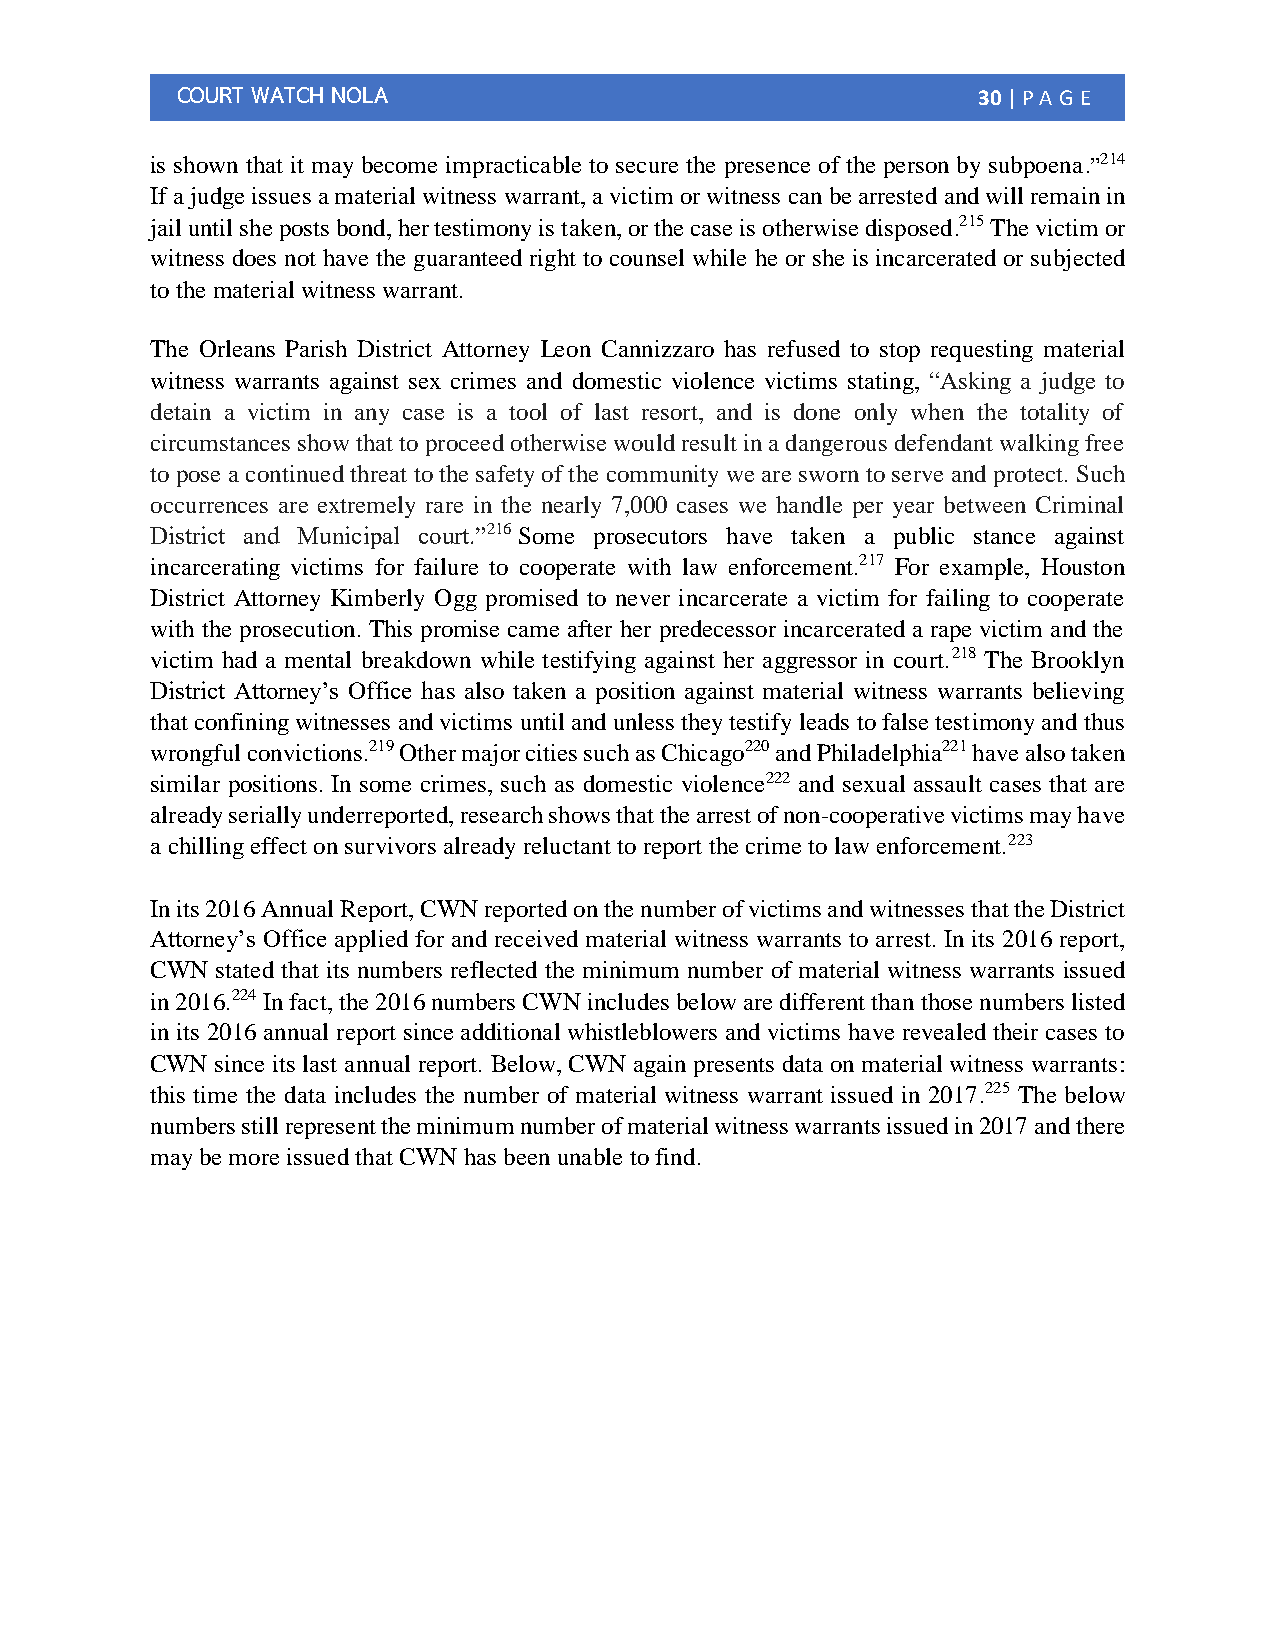
COURT WATCH NOLA                                     30 | PA G E
 is shown that it may become impracticable to secure the presence of the person by subpoena.”214
 If a judge issues a material witness warrant, a victim or witness can be arrested and will remain in
 jail until she posts bond, her testimony is taken, or the case is otherwise disposed.215 The victim or
 witness does not have the guaranteed right to counsel while he or she is incarcerated or subjected
 to the material witness warrant.
 The Orleans Parish District Attorney Leon Cannizzaro has refused to stop requesting material
 witness warrants against sex crimes and domestic violence victims stating, “Asking a judge to
 detain a victim in any case is a tool of last resort, and is done only when the totality of
 circumstances show that to proceed otherwise would result in a dangerous defendant walking free
 to pose a continued threat to the safety of the community we are sworn to serve and protect. Such
 occurrences are extremely rare in the nearly 7,000 cases we handle per year between Criminal
 District and Municipal court.”216 Some prosecutors have taken a public stance against
 incarcerating victims for failure to cooperate with law enforcement.217 For example, Houston
 District Attorney Kimberly Ogg promised to never incarcerate a victim for failing to cooperate
 with the prosecution. This promise came after her predecessor incarcerated a rape victim and the
 victim had a mental breakdown while testifying against her aggressor in court.218 The Brooklyn
 District Attorney’s Office has also taken a position against material witness warrants believing
 that confining witnesses and victims until and unless they testify leads to false testimony and thus
 wrongful convictions.219 Other major cities such as Chicago220 and Philadelphia221 have also taken
 similar positions. In some crimes, such as domestic violence222 and sexual assault cases that are
 already serially underreported, research shows that the arrest of non-cooperative victims may have
 a chilling effect on survivors already reluctant to report the crime to law enforcement.223
 In its 2016 Annual Report, CWN reported on the number of victims and witnesses that the District
 Attorney’s Office applied for and received material witness warrants to arrest. In its 2016 report,
 CWN stated that its numbers reflected the minimum number of material witness warrants issued
 in 2016.224 In fact, the 2016 numbers CWN includes below are different than those numbers listed
 in its 2016 annual report since additional whistleblowers and victims have revealed their cases to
 CWN since its last annual report. Below, CWN again presents data on material witness warrants:
 this time the data includes the number of material witness warrant issued in 2017.225 The below
 numbers still represent the minimum number of material witness warrants issued in 2017 and there
 may be more issued that CWN has been unable to find.